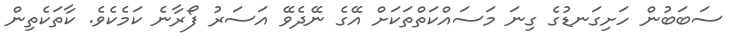
ސަބަބުން ހަށިގަނޑުގެ ގިނަ މަސައްކަތްތަކަށް އޭގެ ނޭދެވޭ އަސަރު ފޯރާނެ ކަމެކެވެ. ކާތަކެތިން